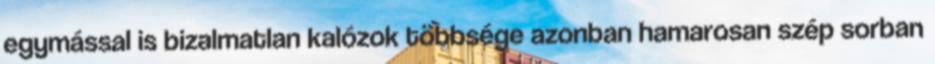
egymással is bizalmatlan kalózok többsége azonban hamarosan szép sorban